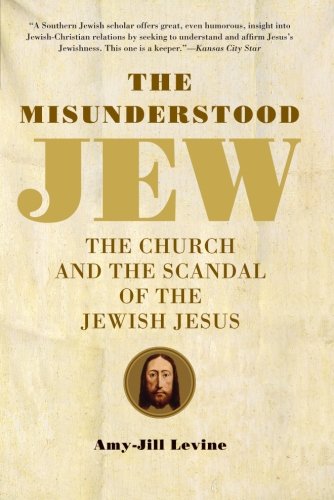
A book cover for The Misunderstood Jew: The Church and the Scandal of the Jewish Jesus; Amy-Jill Levine; Christian Books & Bibles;